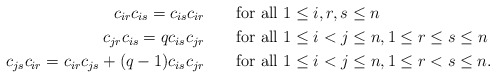
\begin{align*}c_{ir}c_{is}=c_{is}c_{ir}&\phantom{pha} \hbox{ for all $1\leq i,r,s\leq n$}\\ c_{jr}c_{is}=qc_{is}c_{jr}&\phantom{pha} \hbox{ for all $1\leq i<j\leq n, 1\leq r\leq s\leq n$}\\ c_{js}c_{ir}=c_{ir}c_{js}+(q-1)c_{is}c_{jr}&\phantom{pha} \hbox{ for all $1\leq i<j\leq n, 1\leq r< s\leq n$}. \end{align*}